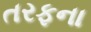
તરફના